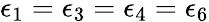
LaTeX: \epsilon_{1}=\epsilon_{3}=\epsilon_{4}=\epsilon_{6}